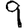
Digit: 9